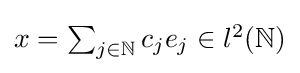
{\textstyle x=\sum _{j\in \mathbb {N} }c_{j}e_{j}\in l^{2}(\mathbb {N} )}